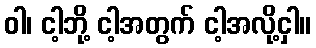
ဝါ၊ ငါ့ဘို့ ငါ့အတွက် ငါ့အလို့ငှါ။